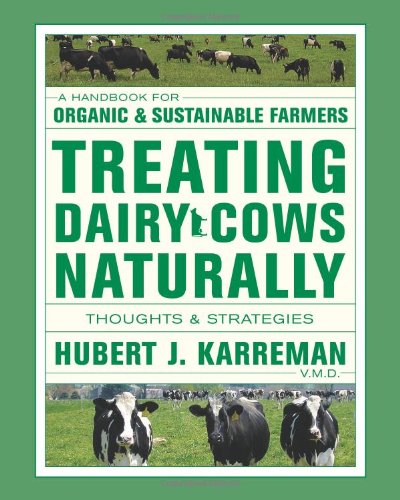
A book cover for Treating Dairy Cows Naturally: Thoughts & Strategies; Hubert J. Karreman; Business & Money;